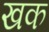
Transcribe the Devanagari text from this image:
खक